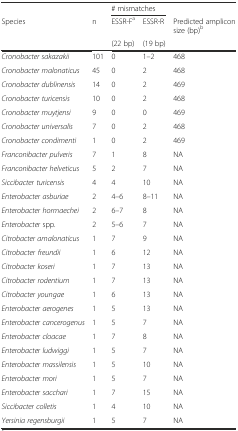
<table><thead><tr><td></td><td></td><td colspan="2"><b># mismatches</b></td><td></td></tr><tr><td><b>Species</b></td><td><b>n</b></td><td><b>ESSR-F<sup>a</sup></b></td><td><b>ESSR-R</b></td><td><b>Predicted amplicon size (bp)<sup>b</sup></b></td></tr><tr><td></td><td></td><td><b>(22 bp)</b></td><td><b>(19 bp)</b></td><td></td></tr></thead><tbody><tr><td><i>Cronobacter sakazakii</i></td><td>101</td><td>0</td><td>1–2</td><td>468</td></tr><tr><td><i>Cronobacter malonaticus</i></td><td>45</td><td>0</td><td>2</td><td>468</td></tr><tr><td><i>Cronobacter dublinensis</i></td><td>14</td><td>0</td><td>2</td><td>469</td></tr><tr><td><i>Cronobacter turicensis</i></td><td>10</td><td>0</td><td>2</td><td>468</td></tr><tr><td><i>Cronobacter muytjensi</i></td><td>9</td><td>0</td><td>0</td><td>469</td></tr><tr><td><i>Cronobacter universalis</i></td><td>7</td><td>0</td><td>2</td><td>468</td></tr><tr><td><i>Cronobacter condimenti</i></td><td>1</td><td>0</td><td>2</td><td>469</td></tr><tr><td><i>Franconibacter pulveris</i></td><td>7</td><td>1</td><td>8</td><td>NA</td></tr><tr><td><i>Franconibacter helveticus</i></td><td>5</td><td>2</td><td>7</td><td>NA</td></tr><tr><td><i>Siccibacter turicensis</i></td><td>4</td><td>4</td><td>10</td><td>NA</td></tr><tr><td><i>Enterobacter asburiae</i></td><td>2</td><td>4–6</td><td>8–11</td><td>NA</td></tr><tr><td><i>Enterobacter hormaechei</i></td><td>2</td><td>6–7</td><td>8</td><td>NA</td></tr><tr><td><i>Enterobacter</i> spp.</td><td>2</td><td>5–6</td><td>7</td><td>NA</td></tr><tr><td><i>Citrobacter amalonaticus</i></td><td>1</td><td>7</td><td>9</td><td>NA</td></tr><tr><td><i>Citrobacter freundii</i></td><td>1</td><td>6</td><td>12</td><td>NA</td></tr><tr><td><i>Citrobacter koseri</i></td><td>1</td><td>7</td><td>13</td><td>NA</td></tr><tr><td><i>Citrobacter rodentium</i></td><td>1</td><td>7</td><td>13</td><td>NA</td></tr><tr><td><i>Citrobacter youngae</i></td><td>1</td><td>6</td><td>13</td><td>NA</td></tr><tr><td><i>Enterobacter aerogenes</i></td><td>1</td><td>5</td><td>13</td><td>NA</td></tr><tr><td><i>Enterobacter cancerogenus</i></td><td>1</td><td>5</td><td>7</td><td>NA</td></tr><tr><td><i>Enterobacter cloacae</i></td><td>1</td><td>7</td><td>8</td><td>NA</td></tr><tr><td><i>Enterobacter ludwiggi</i></td><td>1</td><td>5</td><td>7</td><td>NA</td></tr><tr><td><i>Enterobacter massilensis</i></td><td>1</td><td>5</td><td>10</td><td>NA</td></tr><tr><td><i>Enterobacter mori</i></td><td>1</td><td>5</td><td>7</td><td>NA</td></tr><tr><td><i>Enterobacter sacchari</i></td><td>1</td><td>7</td><td>15</td><td>NA</td></tr><tr><td><i>Siccibacter colletis</i></td><td>1</td><td>4</td><td>10</td><td>NA</td></tr><tr><td><i>Yersinia regensburgii</i></td><td>1</td><td>5</td><td>7</td><td>NA</td></tr></tbody></table>